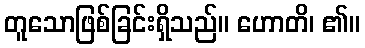
တူသောဖြစ်ခြင်းရှိသည်။ ဟောတိ၊ ၏။